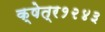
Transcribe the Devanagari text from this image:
क्षेत्र१२४३